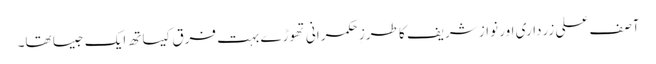
آصف علی زرداری اور نواز شریف کا طرزِ حکمرانی تھوڑے بہت فرق کیساتھ ایک جیسا تھا۔